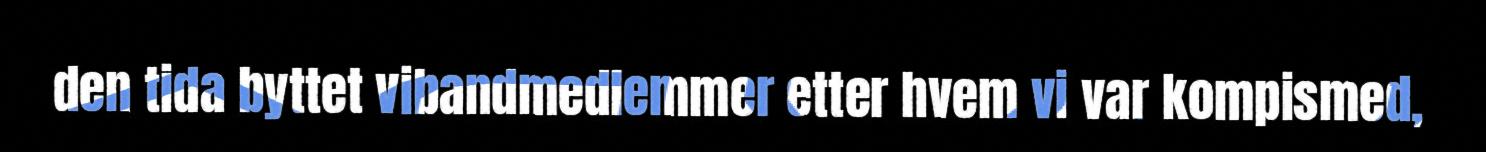
den tida byttet vibandmedlemmer etter hvem vi var kompismed,